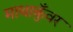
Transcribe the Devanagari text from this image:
माथाकुँवर